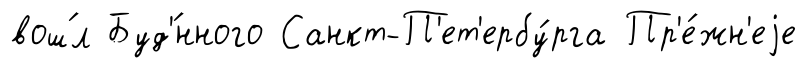
вош́л Буд'́нного Санкт-П'ет'ербу́рга Пр'е́жн'еjе